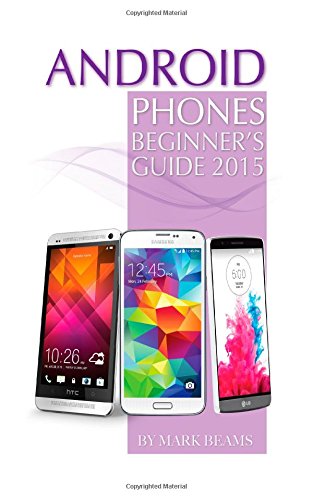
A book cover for Android Phones: Beginner's Guide 2015; Mark Beams; Computers & Technology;